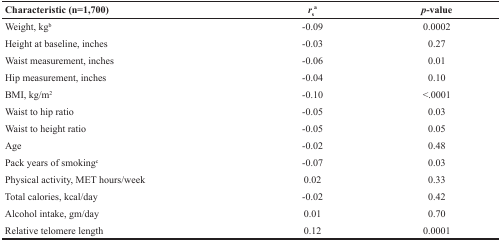
<table><thead><tr><td><b>Characteristic (n=1,700)</b></td><td><b><i>r</i><sub>s</sub><sup>a</sup></b></td><td><b><i>p</i>-value</b></td></tr></thead><tbody><tr><td>Weight, kg<sup>b</sup></td><td>−0.09</td><td>0.0002</td></tr><tr><td>Height at baseline, inches</td><td>−0.03</td><td>0.27</td></tr><tr><td>Waist measurement, inches</td><td>−0.06</td><td>0.01</td></tr><tr><td>Hip measurement, inches</td><td>−0.04</td><td>0.10</td></tr><tr><td>BMI, kg/m<sup>2</sup></td><td>−0.10</td><td>&lt;.0001</td></tr><tr><td>Waist to hip ratio</td><td>−0.05</td><td>0.03</td></tr><tr><td>Waist to height ratio</td><td>−0.05</td><td>0.05</td></tr><tr><td>Age</td><td>−0.02</td><td>0.48</td></tr><tr><td>Pack years of smoking<sup>c</sup></td><td>−0.07</td><td>0.03</td></tr><tr><td>Physical activity, MET hours/week</td><td>0.02</td><td>0.33</td></tr><tr><td>Total calories, kcal/day</td><td>−0.02</td><td>0.42</td></tr><tr><td>Alcohol intake, gm/day</td><td>0.01</td><td>0.70</td></tr><tr><td>Relative telomere length</td><td>0.12</td><td>0.0001</td></tr></tbody></table>